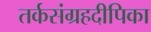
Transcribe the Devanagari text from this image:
तर्कसंग्रहदीपिका